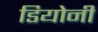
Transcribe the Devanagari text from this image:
डियोनी